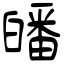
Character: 皤